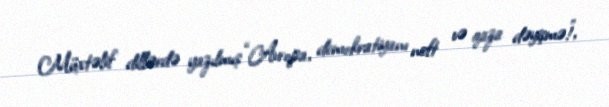
Müxtəlif dillərdə yazılmış “Avropa, demokratiyanı neft və qaza dəyişmə!”,